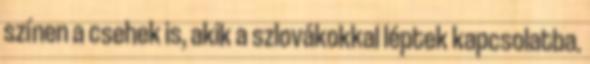
színen a csehek is, akik a szlovákokkal léptek kapcsolatba.